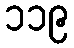
၁၁၉